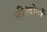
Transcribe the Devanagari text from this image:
ली।दोनों